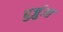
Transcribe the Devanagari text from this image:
बुर्ज़ुआ